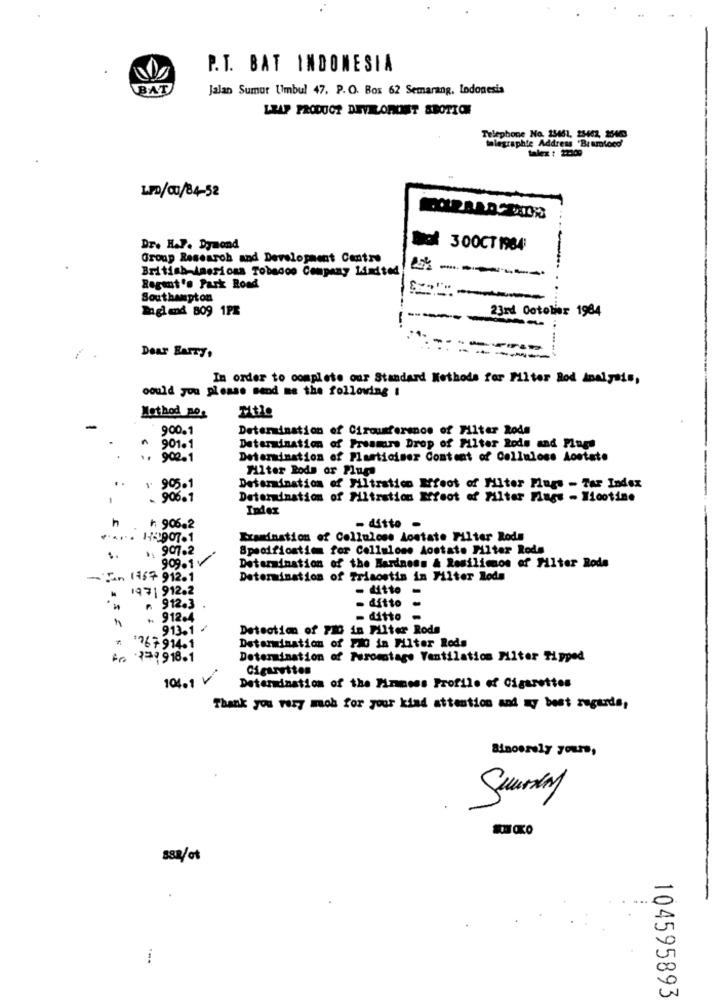
P.T. BAT INDONESIA
BAT
Jalan Sumur Umbul 47, P. O. Box 62 Semarang, Indonesia
LEAP PRODUCT DEVILORONT SBOTTOM
Telephone No. 13461, 25402, 35440
legraphie Address "Bramtocd
talex : 22009
LF0/03/84-52
Dr. H.P. Dymond
Dal 300CT 1984
Group Research and Development Centre
British American Tobacco Company Limited
21 ------
Regent's Park Road
Southampton
Dagl end 809 1PX
23rd October 1984
Dear BAITy.
In order to complete our Standard Methods for Filter Rod Analysis,
could you please send me the following I
Method aos
-
900.1
Determination of Circumference of Filter Rode
901.1
Determination of Pressure Drop of Filter Rode and Plugs
.. 902.1
Determination of Plasticiser Content of Cellulose Aostate
Filter Rods or Plug
. .
1 905.1
Determination of Filtration Mfoot of Miter Plugs - Tar Index
- 906.1
Determination of Filtration Ifoot of Filter Flags - Nicotine
Index
h
₼ 906.2
- dátto -
...... 14-907-1
Examination of Celluloss dostate Filter Rode
.. 907.2
Specificstimm for Cellulose Aostate Filter Roda
999.1V
Determination of the Hardness & Rosilimnos of Filter Rode
- Jan 1967 912.1
Determination of Triaostis in Filter lode
1971 912.2
- ditto -
₼. 912.3
- dítto
. 912-4
- ditto-
.913.1 /
Detection of PID in Filter Rode
Determination of 1MG in Filter Roda
# 767914.1
66 379918.1
Determination of Puromtage Ventilation Miter Tipped
Cigarettes
104.1
Determination of the Firmness Profile of Cigarettes
Thank you very moh for your kind attention and my best regards,
Sincerely yours,
S88/ot
104595893